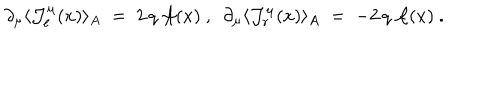
\partial _ { \mu } \langle { \mathcal J } _ { \ell } ^ { \mu } ( x ) \rangle _ { A } \; = \; 2 \, q \, { \mathcal A } ( x ) ~ , ~ ~ \partial _ { \mu } \langle { \mathcal J } _ { r } ^ { \mu } ( x ) \rangle _ { A } \; = \; - 2 \, q \, { \mathcal A } ( x ) ~ .